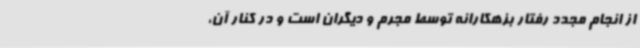
از انجام مجدد رفتار بزهکارانه توسط مجرم و دیگران است و در کنار آن،